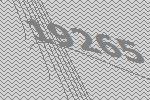
19265